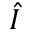
\hat { I }